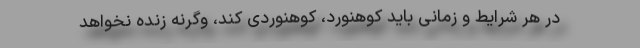
در هر شرایط و زمانی باید کوهنورد، کوهنوردی کند، وگرنه زنده نخواهد